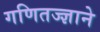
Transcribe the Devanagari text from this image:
गणितज्ज्ञाने